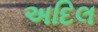
અદિલ